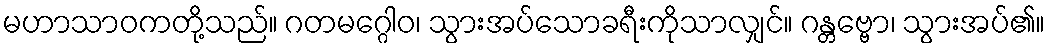
မဟာသာဝကတို့သည်။ ဂတမဂ္ဂေါဝ၊ သွားအပ်သောခရီးကိုသာလျှင်။ ဂန္တဗ္ဗော၊ သွားအပ်၏။